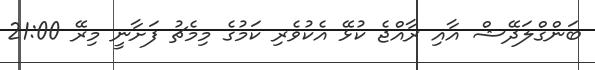
ބަންގްލަދޭޝް އާއި ރާއްޖެ ކުޅޭ އެކުވެރި ކަމުގެ މިމެޗު ފަށާނީ މިރޭ 21:00